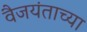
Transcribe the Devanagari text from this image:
वैजयंताच्या